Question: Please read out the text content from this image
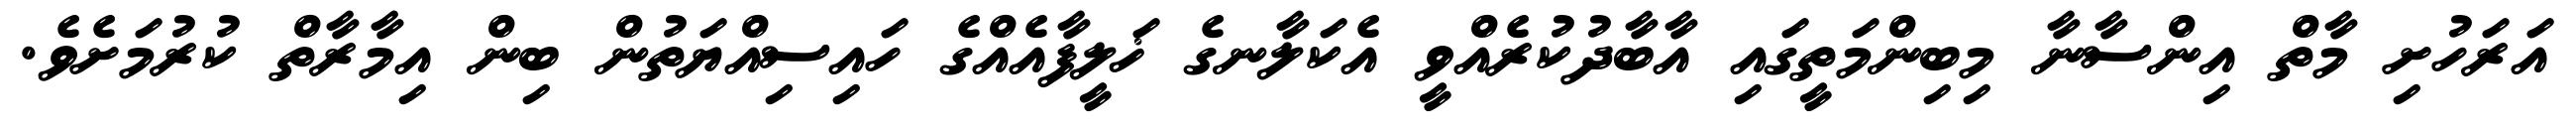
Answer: އަރަހުށި މާތް އިންސާނާ މިބިންމަތީގައި އާބާދުކުރެއްވީ އެކަލާނގެ ޚަލީފާއެއްގެ ހައިސިއްޔަތުން ބިން އިމާރާތް ކުރުމަށެވެ.